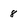
Character: 8